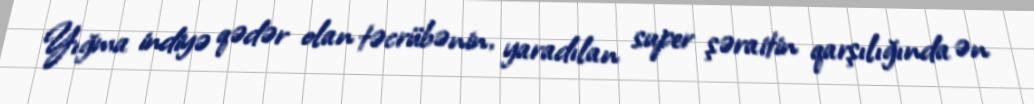
Yığma indiyə qədər olan təcrübənin, yaradılan super şəraitin qarşılığında ən